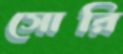
সোরি